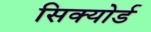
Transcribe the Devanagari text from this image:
सिक्योर्ड